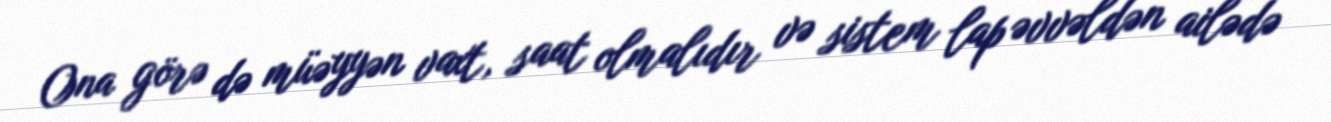
Ona görə də müəyyən vaxt, saat olmalıdır və sistem lap əvvəldən ailədə